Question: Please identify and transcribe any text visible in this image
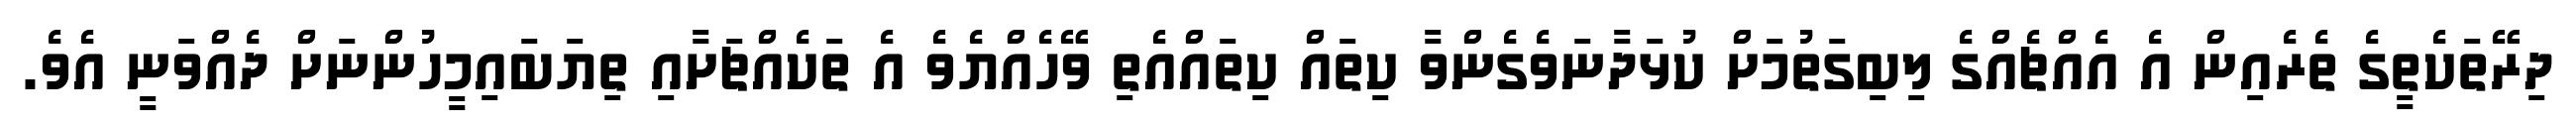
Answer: ދިރޭތަކެތީގެ ތެރެއިން އެ އެއްޗެއްގެ ލިބިގަތުމަށް ކުޅަދާނަވެގެންވާ ކިތައް ކިތައްއެތި ވޭހެއްޔެވެ އެ ތަކެއްޗަށާއި ތިޔަބައިމީހުންނަށް ދެއްވަނީ އެވެ.